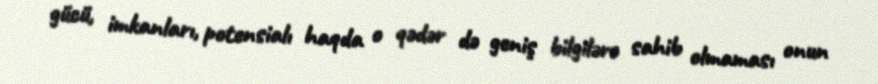
gücü, imkanları, potensialı haqda o qədər də geniş bilgilərə sahib olmaması onun